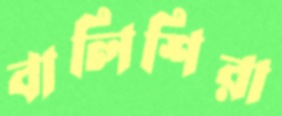
বালিশিরা